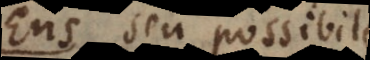
Ens seu possibile.